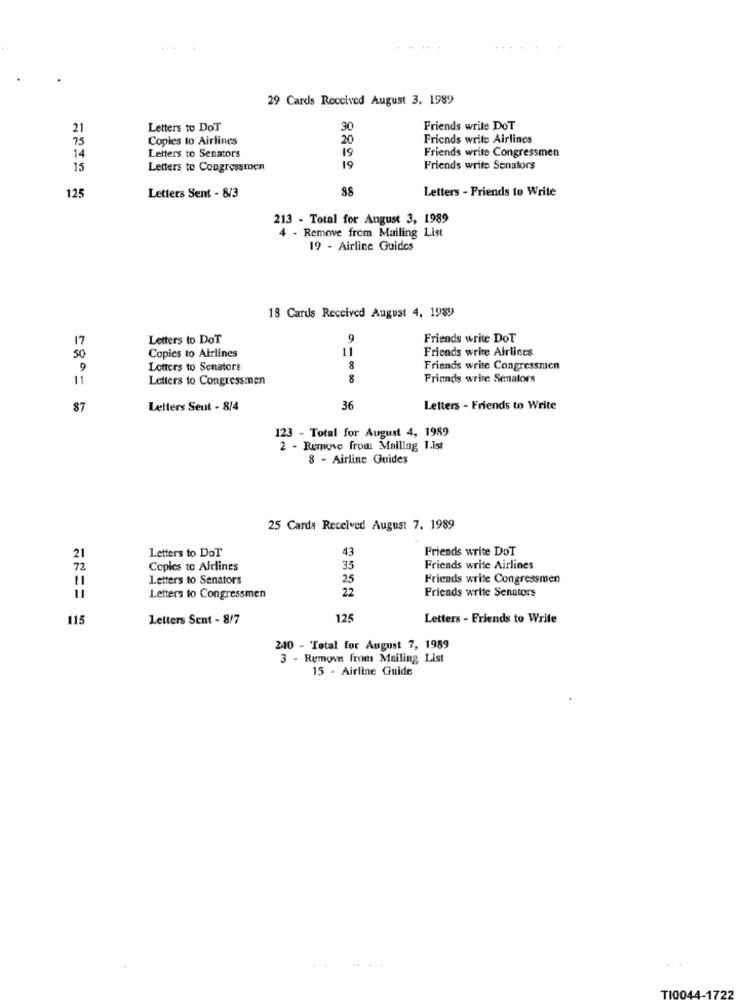
29 Cards Received August 3, 1989
21
Letters to DoT
30
Friends write DoT
75
Copies to Airlines
20
Friends write Airlines
19
Friends write Congressmen
14
Letters to Senators
15
Letters to Congressmen
19
Friends write Senators
88
Letters - Friends to Write
125
Letters Sent - 8/3
213 - Total for August 3, 1989
4 - Remove from Mailing List
19 - Airline Guides
18 Cards Received August 4, 1989
17
Letters to DoT
Friends write DoT
11
Friends write Airlines
50
Copies to Airlines
9
Lotters to Senators
8
Friends write Congressmen
11
Letters to Congressmen
8
Friends write Senators
Letters Seut - 8/4
36
Letters - Friends to Write
123 - Total for August 4, 1989
2 - Remove from Mailing I.ist
8 - Airline Guides
25 Cards Received August 7. 1989
Friends write DoT
21
Letters to DoT
43
72
Copies to Airlines
35
Friends write Airlines
Letters to Senators
25
Friends write Congressmen
22
Friends write Senators
Letters to Congressmen
115
Letters Sent - 8/7
125
Letters - Friends to Write
240 - Total for August 7, 1989
3 - Remove from Mailing List
15 - Airline Guide